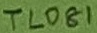
Text: TL081